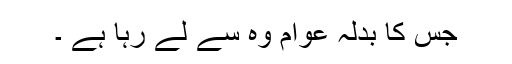
جس کا بدلہ عوام وہ سے لے رہا ہے ۔